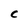
Character: C